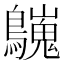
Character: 𪇋